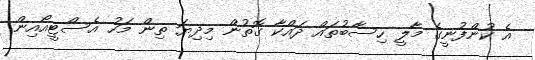
އެ ކުންފުނީގެ މާލީ ހިސާބުތައް ދައްކާ ގޮތުން މިދިޔަ ތިން މަހު އެސްޓީއޯއިން